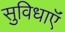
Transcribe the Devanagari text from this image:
सुविधाऍं